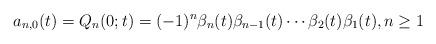
LaTeX: \begin{align*} a_{n,0}(t) = Q_{n}(0; t) = (-1)^n \beta_{n} (t)\beta_{n-1} (t)\cdots \beta_{2}(t) \beta_{1}(t), n \geq 1 \end{align*}